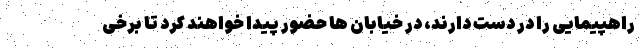
راهپیمایی را در دست دارند، در خیابان ها حضور پیدا خواهند کرد تا برخی